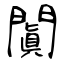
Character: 闐